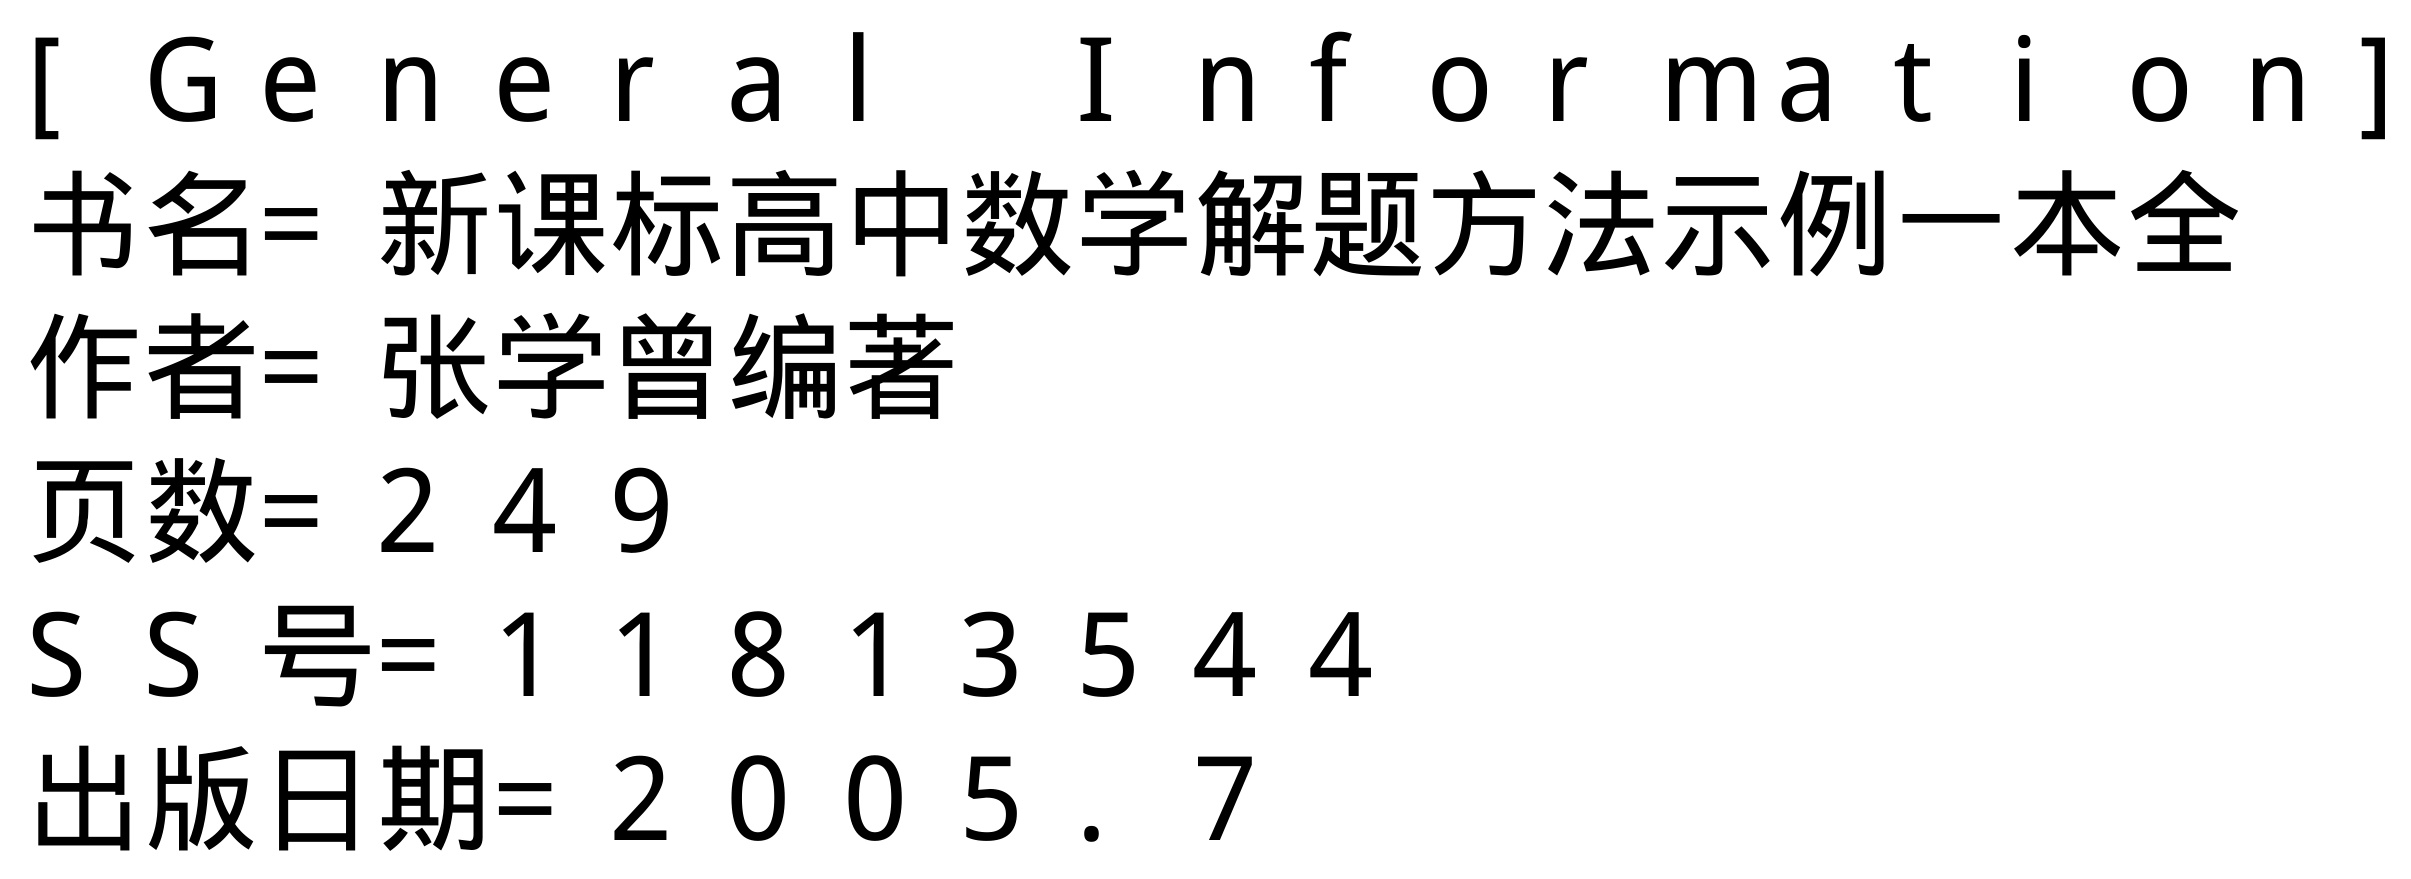
\begin{verbatim}
[ General Information]
书名= 新课标高中数学解题方法示例一本全
作者= 张学曾编著
页数= 249
SS号= 11813544
出版日期= 2005.7
\end{verbatim}